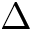
\Delta